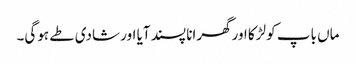
ماں باپ کو لڑکا اورگھرانا پسند آیا اور شادی طے ہوگی۔